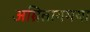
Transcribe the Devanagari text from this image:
अम्रितागमया